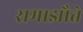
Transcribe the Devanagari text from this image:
समाझौते